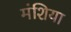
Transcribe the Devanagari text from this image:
मंशिया